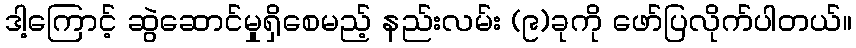
ဒါ့ကြောင့် ဆွဲဆောင်မှုရှိစေမည့် နည်းလမ်း (၉)ခုကို ဖော်ပြလိုက်ပါတယ်။